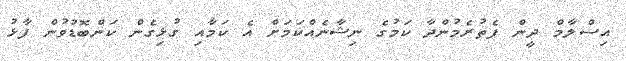
އިސްލާމް ދީން ފެތުރެމުންދާ ކަމުގެ ނިޝާނެއްކަމަށް އެ ކަމާއި ގުޅިގެން ކަންބޮޑުވުން ފާޅު